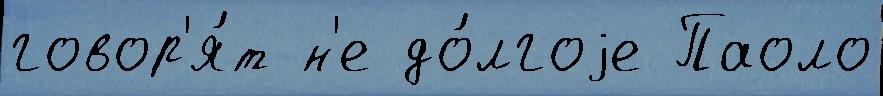
говор'я́т н'е до́лгоjе Паоло